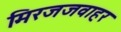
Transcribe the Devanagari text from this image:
मिरजजवाहर